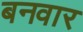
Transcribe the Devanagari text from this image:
बनवार